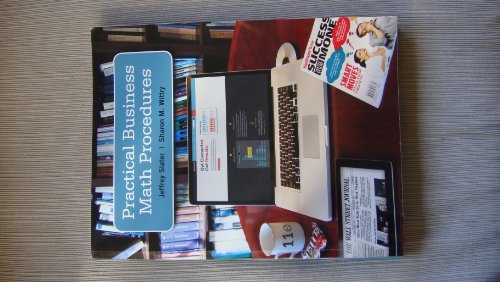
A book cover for Practical Business Math Procedures; Jeffrey Slater; Business & Money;